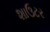
શાઉટર